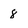
Character: 8